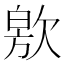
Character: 㰾